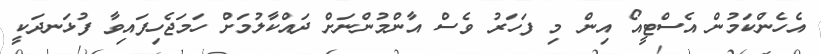
އެހެންކަމުން އެސްޓީއޯ އިން މި ފަހަރު ވެސް އާންމުންނަށް ދައްކާލުމަށް ހަމަޖެހިފައިވާ ފުޅަނދަކީ